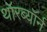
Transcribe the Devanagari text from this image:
थॉरब्यॉर्न